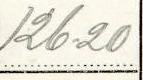
126.20